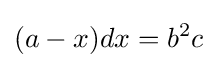
(a-x)dx=b^{2}c